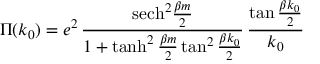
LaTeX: \Pi ( k _ { 0 } ) = e ^ { 2 } \, { \frac { \mathrm { s e c h } ^ { 2 } { \frac { \beta m } { 2 } } } { 1 + \operatorname { t a n h } ^ { 2 } { \frac { \beta m } { 2 } } \tan ^ { 2 } { \frac { \beta k _ { 0 } } { 2 } } } } \, { \frac { \tan { \frac { \beta k _ { 0 } } { 2 } } } { k _ { 0 } } }